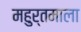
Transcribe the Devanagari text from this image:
महुर्तमाला